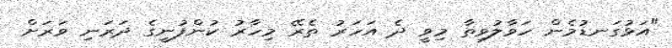
"އަޅުގަނޑުމެން ހަވާލުވިތާ މިވީ ދެ އަހަރު ތެރޭ މިހާރު ކުންފުނީގެ ދަރަނި ވަރަށް